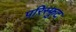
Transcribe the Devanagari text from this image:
परिस्फुट